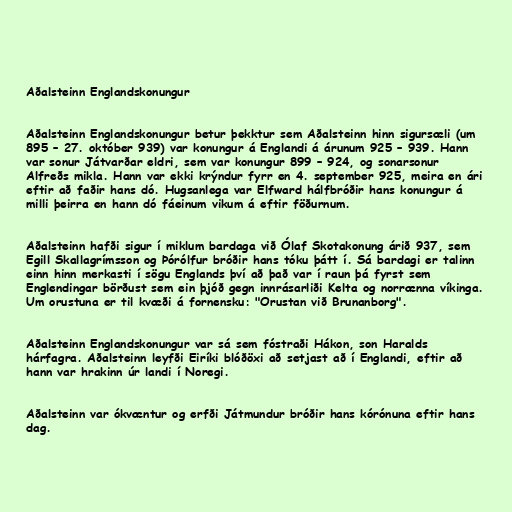
Aðalsteinn Englandskonungur

Aðalsteinn Englandskonungur betur þekktur sem Aðalsteinn hinn sigursæli (um
895 – 27. október 939) var konungur á Englandi á árunum 925 – 939. Hann
var sonur Játvarðar eldri, sem var konungur 899 – 924, og sonarsonur
Alfreðs mikla. Hann var ekki krýndur fyrr en 4. september 925, meira en ári
eftir að faðir hans dó. Hugsanlega var Elfward hálfbróðir hans konungur á
milli þeirra en hann dó fáeinum vikum á eftir föðurnum.

Aðalsteinn hafði sigur í miklum bardaga við Ólaf Skotakonung árið 937, sem
Egill Skallagrímsson og Þórólfur bróðir hans tóku þátt í. Sá bardagi er talinn
einn hinn merkasti í sögu Englands því að það var í raun þá fyrst sem
Englendingar börðust sem ein þjóð gegn innrásarliði Kelta og norrænna víkinga.
Um orustuna er til kvæði á fornensku: "Orustan við Brunanborg".

Aðalsteinn Englandskonungur var sá sem fóstraði Hákon, son Haralds
hárfagra. Aðalsteinn leyfði Eiríki blóðöxi að setjast að í Englandi, eftir að
hann var hrakinn úr landi í Noregi.

Aðalsteinn var ókvæntur og erfði Játmundur bróðir hans kórónuna eftir hans
dag.